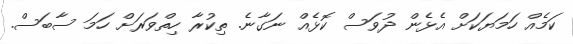
ކަމެއް ހަމަޔަކަށް އެޅެން ދުވަސް ކޮޅެއް ނަގާނެ. ތިކުރާ ހިތްވަރަށް ހަމަ ސާބަސް.